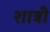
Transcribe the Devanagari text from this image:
शात्री